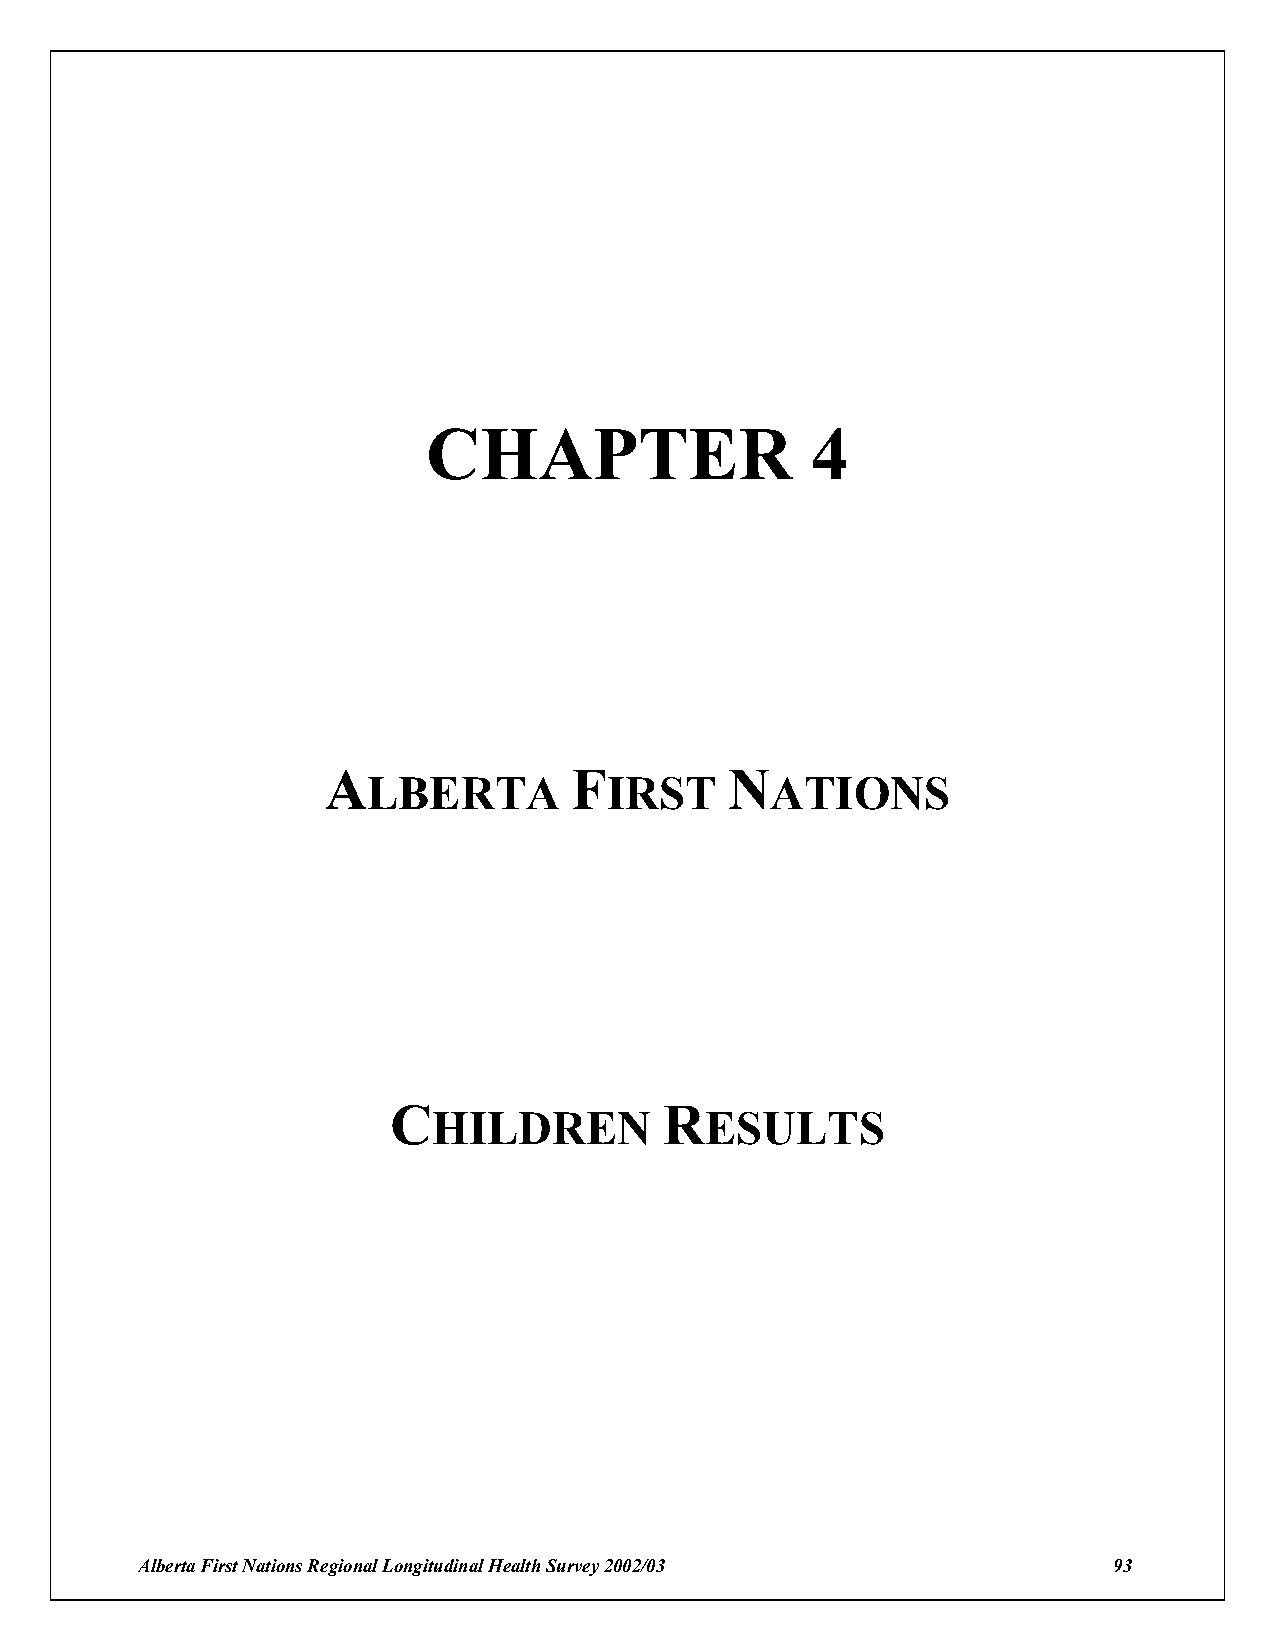
CHAPTER                   4
 A               F         N
 LBERTA          IRST       ATIONS
 C                 R
 HILDREN           ESULTS
 Alberta First Nations Regional Longitudinal Health Survey 2002/03 93